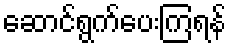
ဆောင်ရွက်ပေးကြရန်